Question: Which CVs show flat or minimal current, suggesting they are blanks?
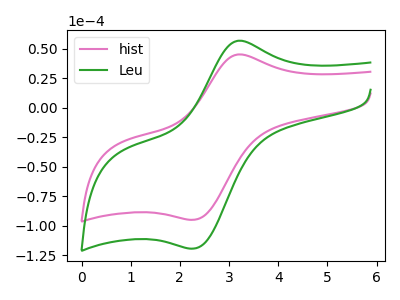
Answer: <think>The pink curve "hist" has an anodic peak at (3.20V, 45.30uA) and a cathodic peak at (2.30V, -95.05uA). The green curve "Leu" has an anodic peak at (3.20V, 56.95uA) and a cathodic peak at (2.30V, -119.45uA).</think>
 <answer>There are not any CV's on this graph that are likely to be blanks.</answer>
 <eval>none</eval>